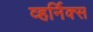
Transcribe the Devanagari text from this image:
व्हर्निक्स